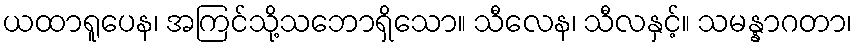
ယထာရူပေန၊ အကြင်သို့သဘောရှိသော။ သီလေန၊ သီလနှင့်။ သမန္နာဂတာ၊